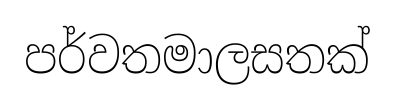
පර්වතමාලසතක්